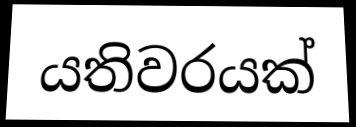
යතිවරයක්